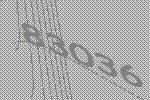
83036